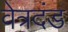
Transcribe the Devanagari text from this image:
वेत्रदंड